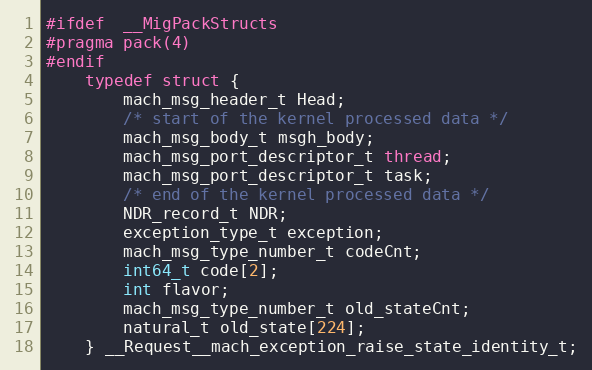
Language: C
#ifdef  __MigPackStructs
#pragma pack(4)
#endif
	typedef struct {
		mach_msg_header_t Head;
		/* start of the kernel processed data */
		mach_msg_body_t msgh_body;
		mach_msg_port_descriptor_t thread;
		mach_msg_port_descriptor_t task;
		/* end of the kernel processed data */
		NDR_record_t NDR;
		exception_type_t exception;
		mach_msg_type_number_t codeCnt;
		int64_t code[2];
		int flavor;
		mach_msg_type_number_t old_stateCnt;
		natural_t old_state[224];
	} __Request__mach_exception_raise_state_identity_t;